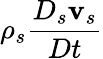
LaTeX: \rho_{s}\frac{D_{s}{\mathbf v}_{s}}{Dt}